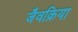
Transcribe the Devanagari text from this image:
जैवक्रिया